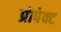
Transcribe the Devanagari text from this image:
प्रोपेक्ट